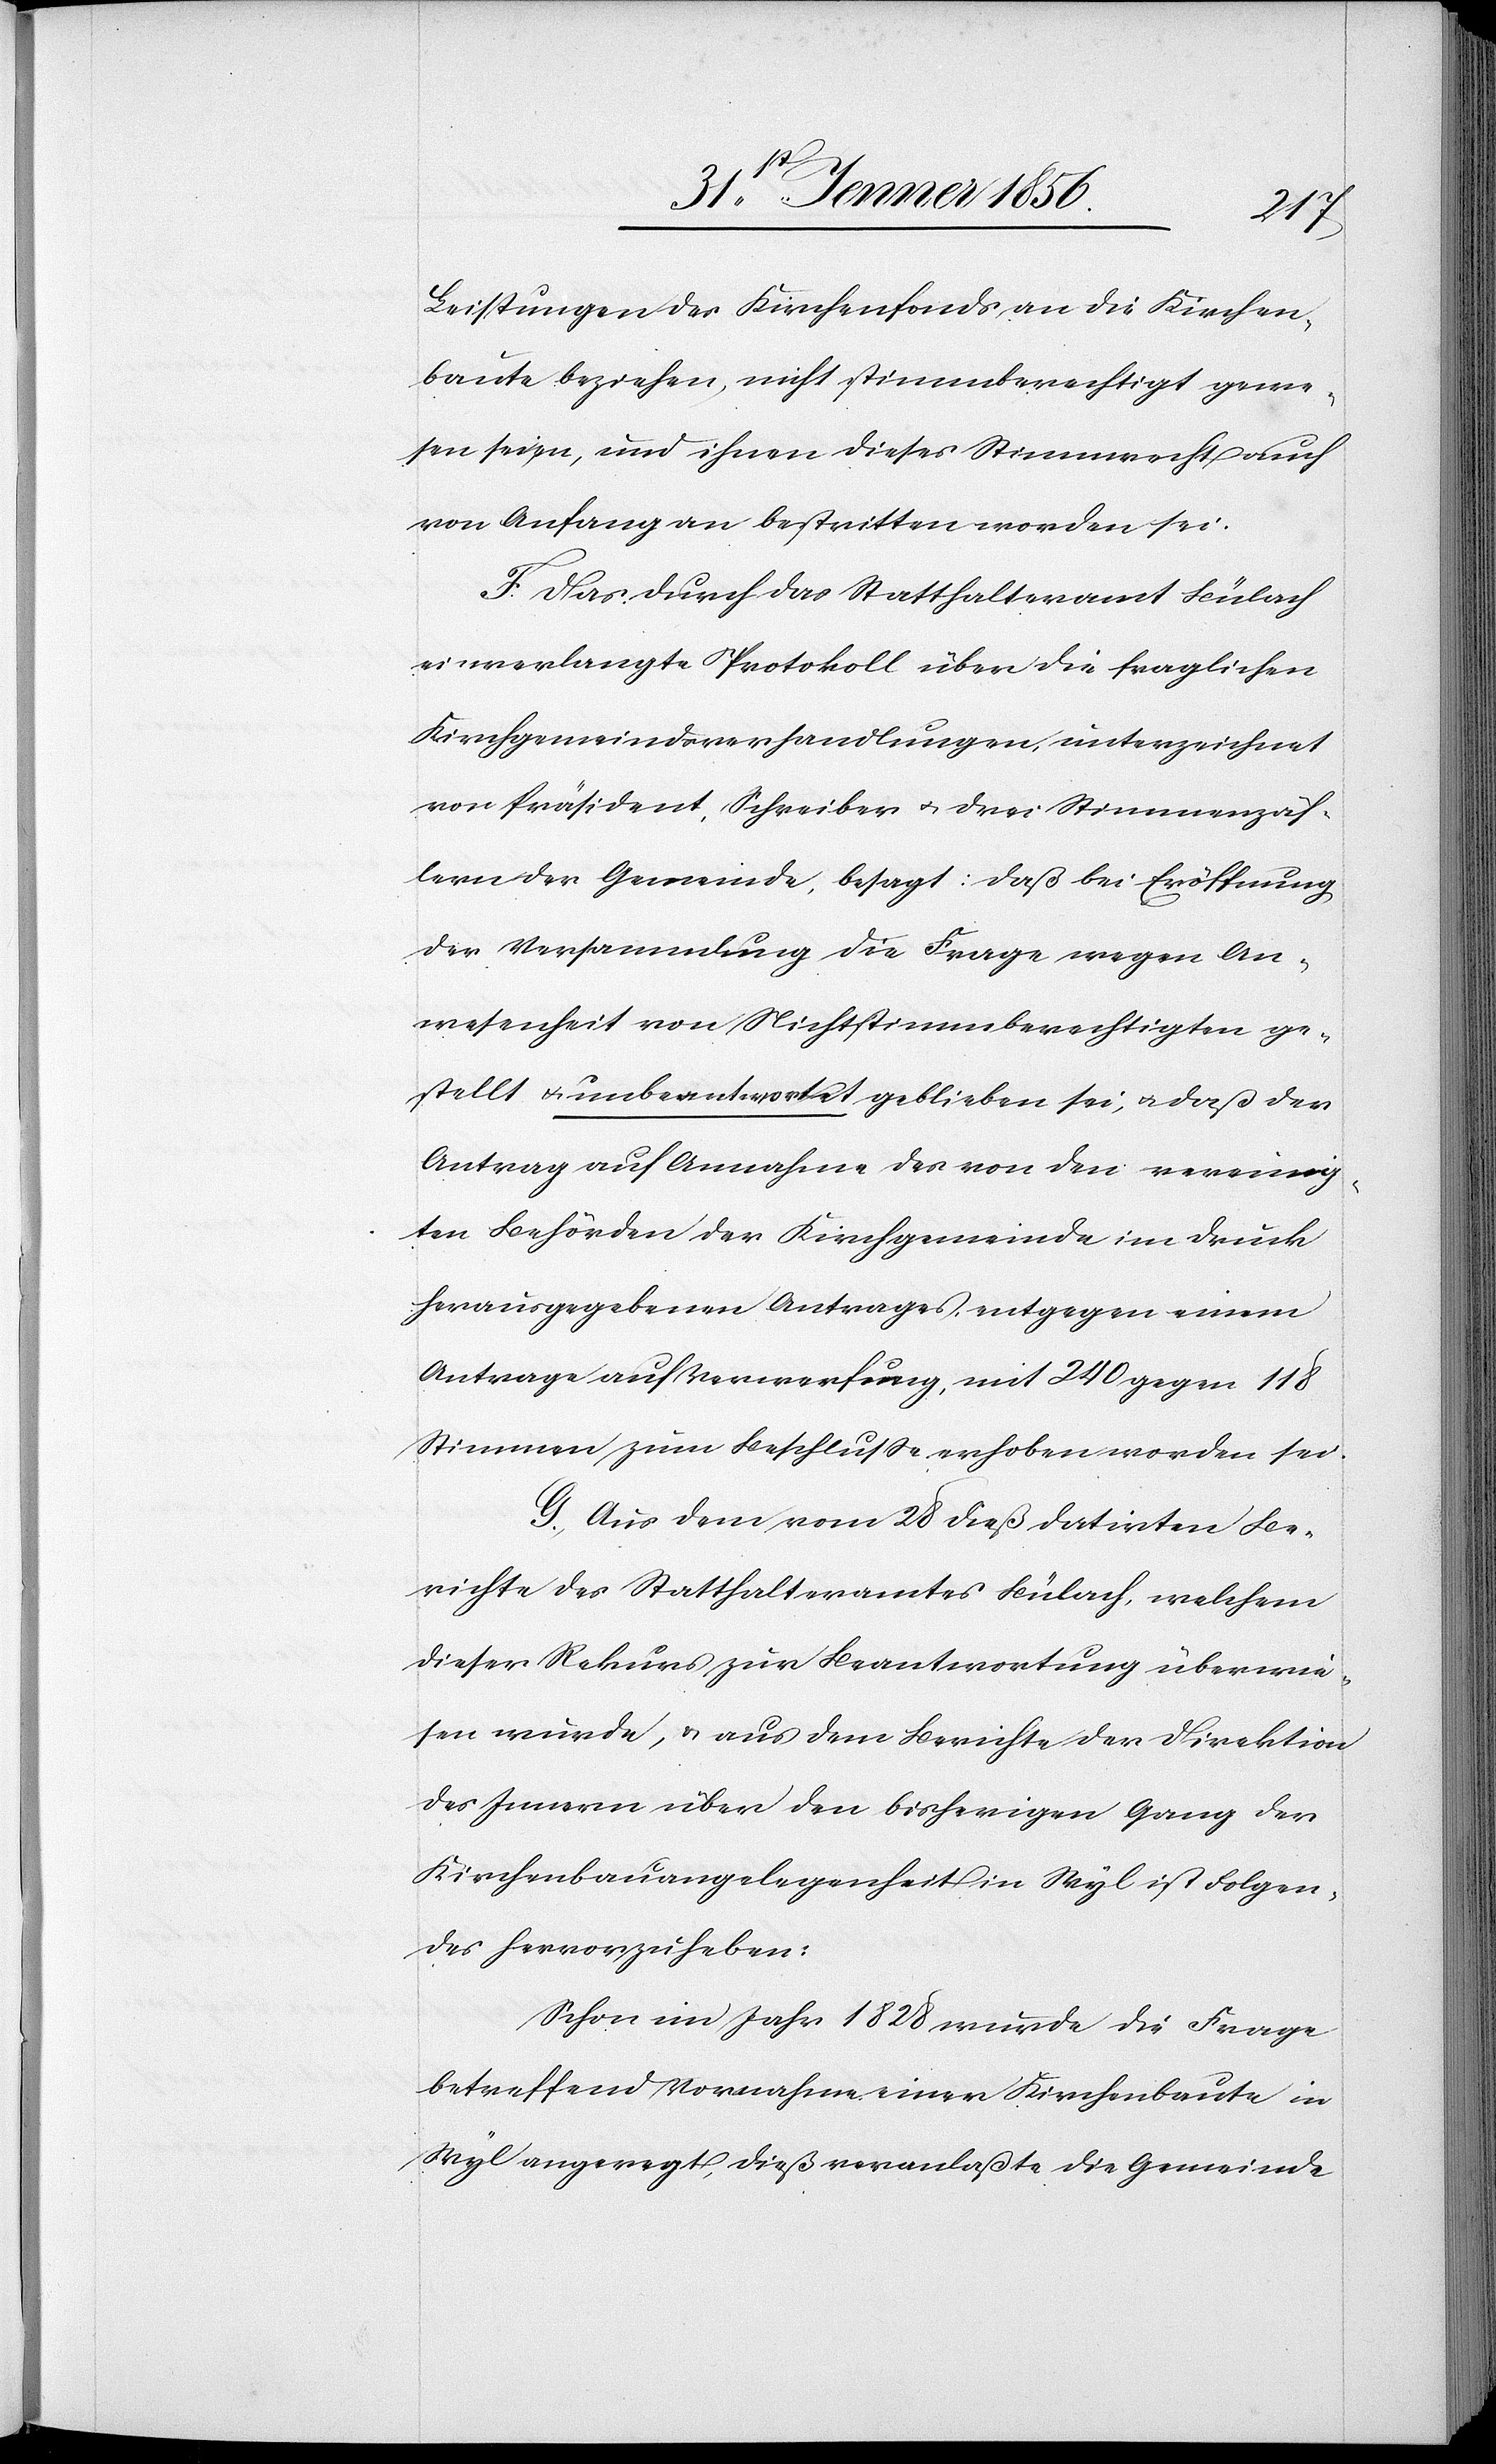
Leistungen des Kirchenfonds an die Kirchen¬
baute beziehen, nicht stimmberechtigt gewe¬
sen seien, und ihnen dieses Stimmrecht auch
von Anfang an bestritten worden sei.
F. Das durch das Statthalteramt Bülach
einverlangte Protokoll über die fraglichen
Kirchgemeindsverhandlungen, unterzeichnet
von Präsident, Schreiber u. drei Stimmenzäh¬
lern der Gemeinde, besagt: daß bei Eröffnung
der Versammlung die Frage wegen An¬
wesenheit von Nichtstimmberechtigten ge¬
stellt u. unbeantwortet geblieben sei, u. daß der
Antrag auf Annahme des von den vereinig¬
ten Behörden der Kirchgemeinde im Druck
herausgegebenen Antrages, entgegen einem
Antrage auf Verwerfung, mit 240 gegen 118
Stimmen zum Beschluße erhoben worden sei.
G. Aus dem vom 28 dieß datirten Be¬
richte des Statthalteramtes Bülach, welchem
dieser Rekurs zur Beantwortung überwie¬
sen wurde, u. aus dem Berichte der Direktion
des Innern über den bisherigen Gang der
Kirchenbauangelegenheit in Wyl ist Folgen¬
des hervorzuheben:
Schon im Jahr 1828 wurde die Frage
betreffend Vornahme einer Kirchenbaute in
Wyl angeregt, dieß veranlaßte die Gemeinde